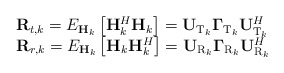
\begin{align*}\begin{array}{l} {\bf{R}}_{t,k} = E_{{\bf{H}}_k}\left[ {{\bf{H}}_k^H {\bf{H}}_k } \right] = {\bf{U}}_{{\rm{T}}_k } \boldsymbol{\Gamma} _{{\rm{T}}_k } {\bf{U}}_{{\rm{T}}_k }^H \\ {\bf{R}}_{r,k} = E_{{\bf{H}}_k}\left[ {{\bf{H}}_k {\bf{H}}_k^H } \right] = {\bf{U}}_{{\rm{R}}_k } \boldsymbol{\Gamma} _{{\rm{R}}_k } {\bf{U}}_{{\rm{R}}_k }^H \\ \end{array}\end{align*}